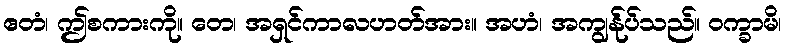
ဧတံ၊ ဤစကားကို။ တေ၊ အရှင်ကာလဟတ်အား။ အဟံ၊ အကျွန်ုပ်သည်။ ဝက္ခာမိ၊